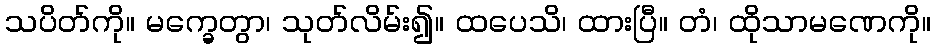
သပိတ်ကို။ မက္ခေတွာ၊ သုတ်လိမ်း၍။ ထပေသိ၊ ထားပြီ။ တံ၊ ထိုသာမဏေကို။